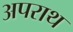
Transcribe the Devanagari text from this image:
अपराथ